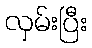
လှမ်းပြီး